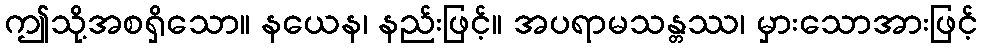
ဤသို့အစရှိသော။ နယေန၊ နည်းဖြင့်။ အပရာမသန္တဿ၊ မှားသောအားဖြင့်